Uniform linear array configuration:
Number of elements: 24
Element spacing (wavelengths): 0.5
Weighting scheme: uniform
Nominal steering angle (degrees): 30
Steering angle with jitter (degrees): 30.563
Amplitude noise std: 0.05
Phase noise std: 0.05

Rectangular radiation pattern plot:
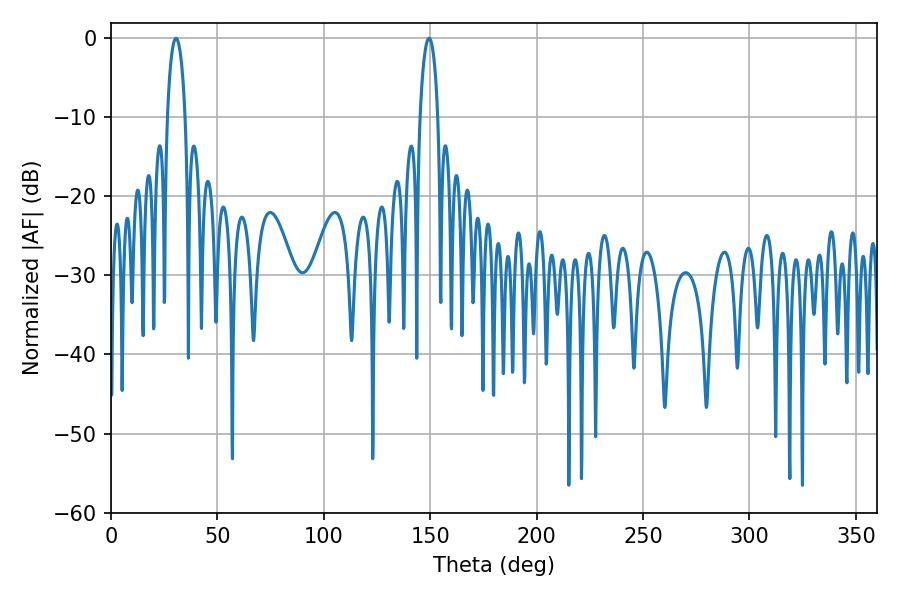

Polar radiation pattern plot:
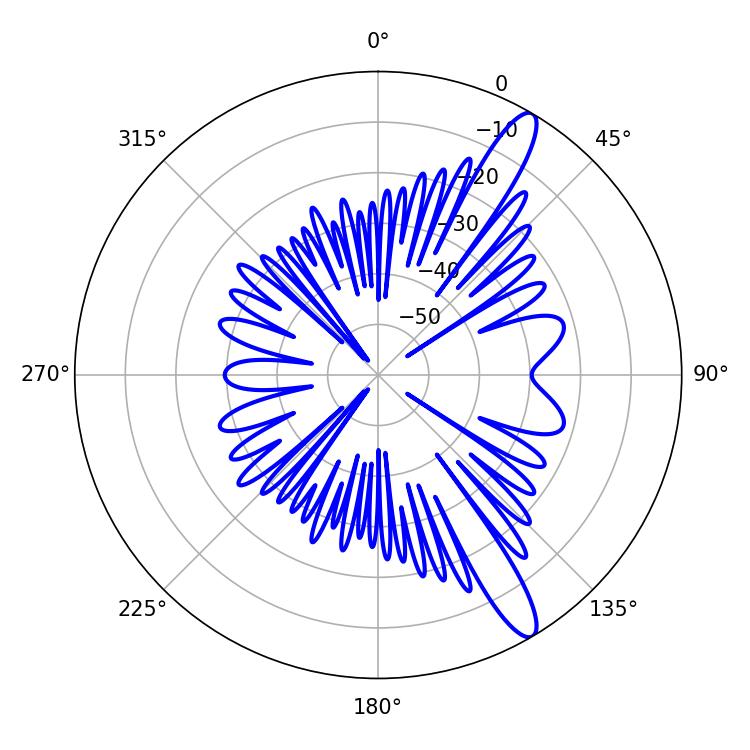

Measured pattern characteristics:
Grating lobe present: FALSE
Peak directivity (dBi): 13.086
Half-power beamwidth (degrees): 4.68
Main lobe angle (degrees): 30.6